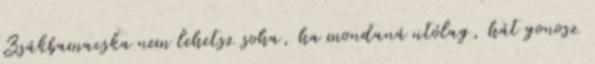
Zsákbamacska nem lehetsz soha, ha mondaná utólag, hát gonosz